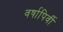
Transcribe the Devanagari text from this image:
वर्षापिर्वी